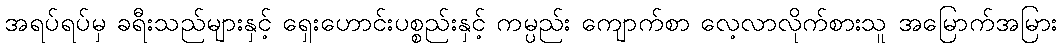
အရပ်ရပ်မှ ခရီးသည်များနှင့် ရှေးဟောင်းပစ္စည်းနှင့် ကမ္ပည်း ကျောက်စာ လေ့လာလိုက်စားသူ အမြောက်အမြား